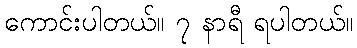
ကောင်းပါတယ်။ ၇ နာရီ ရပါတယ်။